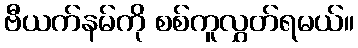
ဗီယက်နမ်ကို စစ်ကူလွှတ်ရမယ်။